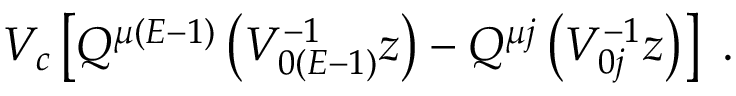
V _ { c } \left[ Q ^ { \mu ( E - 1 ) } \left( V _ { 0 ( E - 1 ) } ^ { - 1 } z \right) - Q ^ { \mu j } \left( V _ { 0 j } ^ { - 1 } z \right) \right] \ .